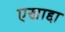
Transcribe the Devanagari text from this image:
एखाद्दा